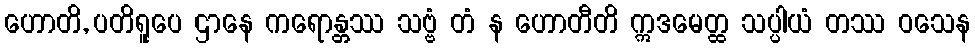
ဟောတိ, ပတိရူပေ ဌာနေ ကရောန္တဿ သဗ္ဗံ တံ န ဟောတီတိ ဣဒမေတ္ထ သပ္ပါယံ တဿ ဝသေန